Scottish Leaving Certificate Examination, 1955
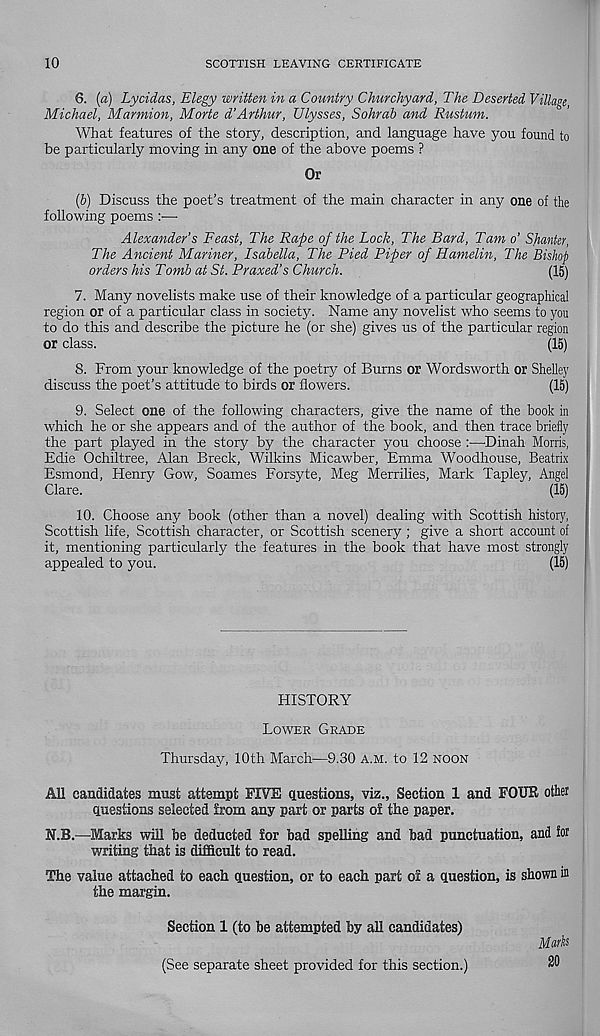
10
SCOTTISH LEAVING CERTIFICATE
6. (a) Lycidas, Elegy written in a Country Churchyard, The Deserted Village,
Michael, Marmion, Morte d’Arthur, Ulysses, Sohrab and Rustum.
What features of the story, description, and language have you found to
be particularly moving in any one of the above poems ?
Or
(b) Discuss the poet’s treatment of the main character in any one of the
following poems :—■
Alexander’s Feast, The Rape of the Lock, The Bard, Tam o’ Shunter,
The Ancient Manner, Isabella, The Pied Piper of Hamelin, The Bishop
orders his Tomb at St. Praxed’s Church.
(15)
7. Many novelists make use of their knowledge of a particular geographical
region or of a particular class in society. Name any novelist who seems to you
to do this and describe the picture he (or she) gives us of the particular region
or class.
(15)
8. From your knowledge of the poetry of Burns or Wordsworth or Shelley
discuss the poet’s attitude to birds or flowers.
(15)
9. Select one of the following characters, give the name of the book in
which he or she appears and of the author of the book, and then trace briefly
the part played in the story by the character you choose :•—Dinah Morris,
Edie Ochiltree, Alan Breck, Wilkins Micawber, Emma Woodhouse, Beatrix
Esmond, Henry Gow, Soames Forsyte, Meg Merrilies, Mark Tapley, Angel
Clare.
(15)
10. Choose any book (other than a novel) dealing with Scottish history,
Scottish life, Scottish character, or Scottish scenery ; give a short account of
it, mentioning particularly the features in the book that have most strongly
appealed to you.
(15)
HISTORY
LOWER GRADE
Thursday, 10th March—9.30 A.M. to 12 NOON
All candidates must attempt FIVE questions, viz.. Section 1 and FOUR otter
questions selected from any part or parts of the paper.
N.B.—Marks will be deducted for bad spelling and bad punctuation, and ior
writing that is difficult to read.
The value attached to each question, or to each part of a question, is shown in
the margin.
Section 1 (to be attempted by all candidates)
Marks
(See separate sheet provided for this section.)
20